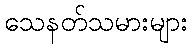
သေနတ်သမားများ